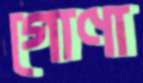
গোণা